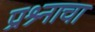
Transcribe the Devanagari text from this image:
प्रश्र्नाचा